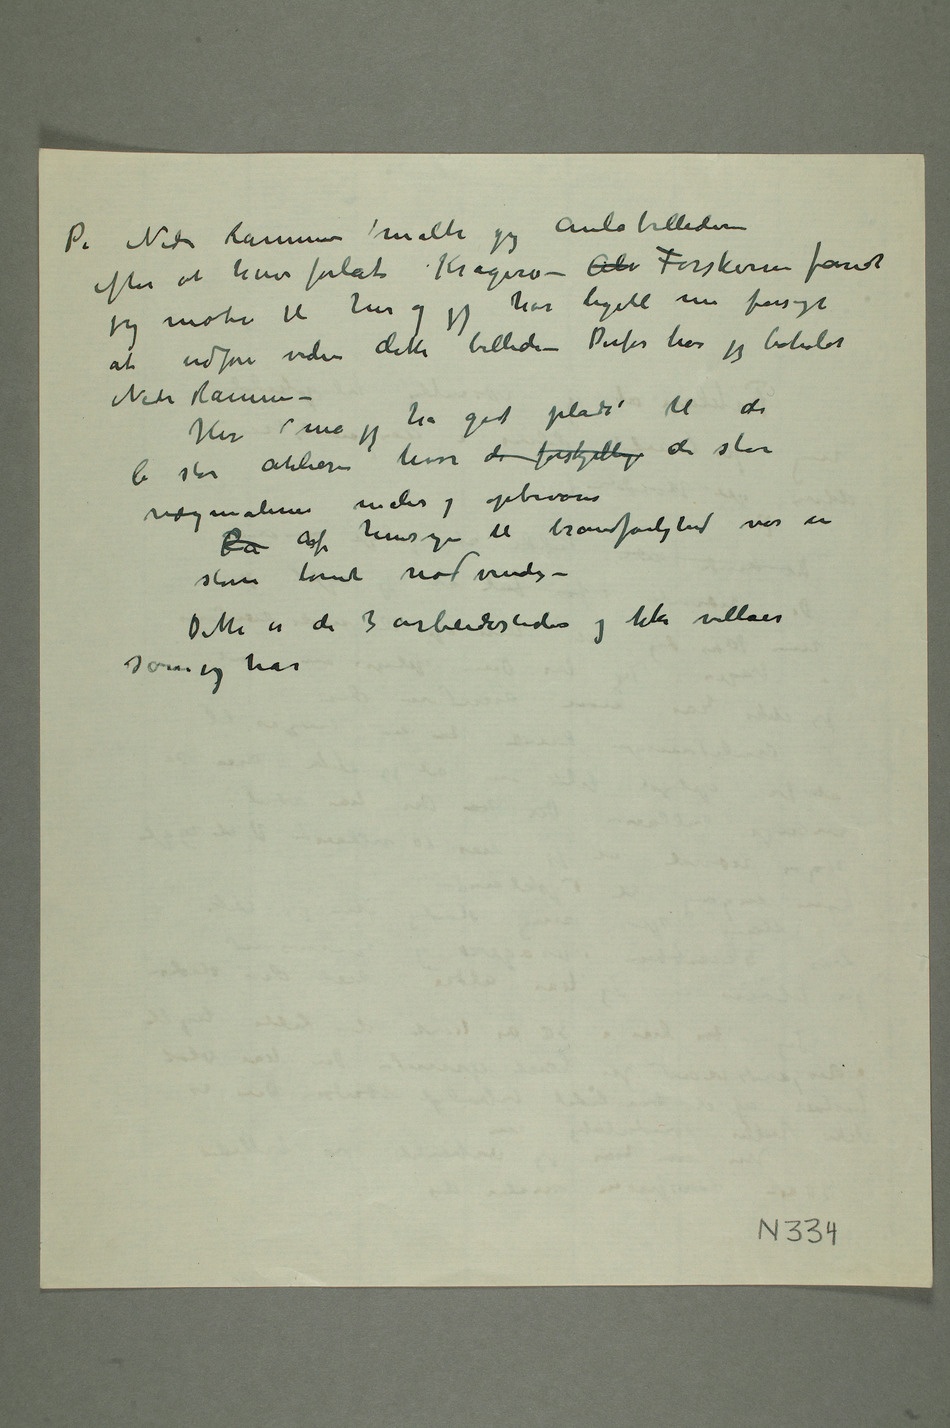
Nedre Ramme malte jeg Aulabillederne
efter at have forlat Kragerø – Alm Forskerne fandt
jeg motiv til her og jeg har ligetil nu forsøgt
at udføre videre dette billede – Derfor har jeg beholdt
Nedre Ramme –
Her må jeg ha god plads til de
6 store atelierer hvor de forskjellige de store
vægmalerier males og opbevares
større tomt nødvendig –
Dette er de 3 arbeidssteder og ikke villaer